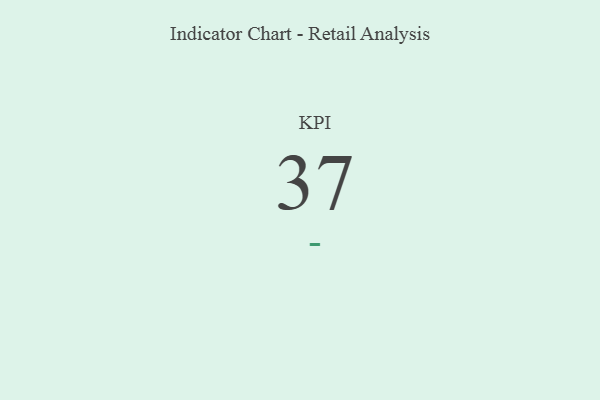
{"axis": {"x": "KPI", "y": "Value"}, "legend": [""], "data": [{"x": "KPI", "y": 37, "type": ""}]}